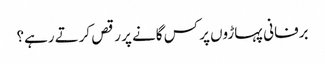
برفانی پہاڑوں پر کس گانے پر رقص کرتے رہے؟